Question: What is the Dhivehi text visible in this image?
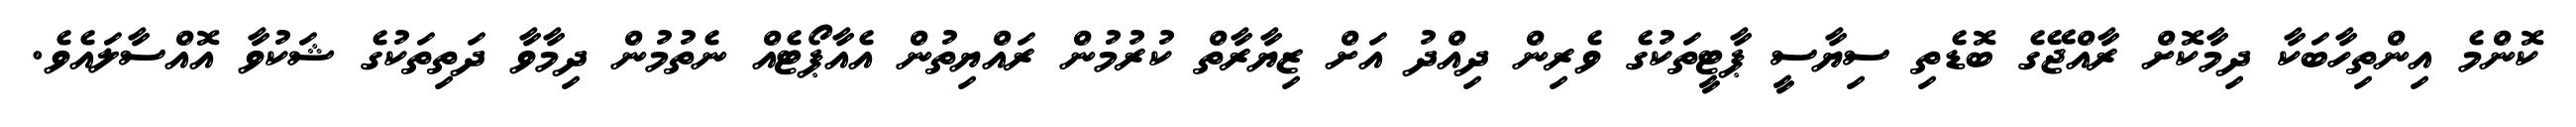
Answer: ކޮންމެ އިންތިހާބަކާ ދިމާކޮށް ރާއްޖޭގެ ބޮޑެތި ސިޔާސީ ޕާޓީތަކުގެ ވެރިން ދިއްދު އަށް ޒިޔާރާތް ކުރުމުން ރައްޔިތުން އެއާޕޯޓެއް ނެތުމުން ދިމާވާ ދަތިތަކުގެ ޝަކުވާ އޮއްސާލައެވެ.